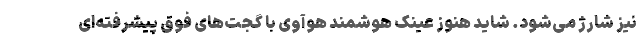
نیز شارژ می‌شود. شاید هنوز عینک هوشمند هوآوی با گجت‌های فوق پیشرفته‌ای